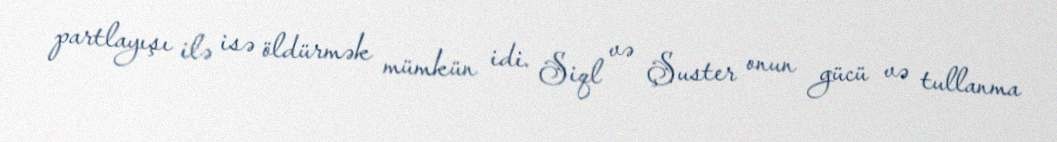
partlayışı ilə isə öldürmək mümkün idi. Siql və Şuster onun gücü və tullanma